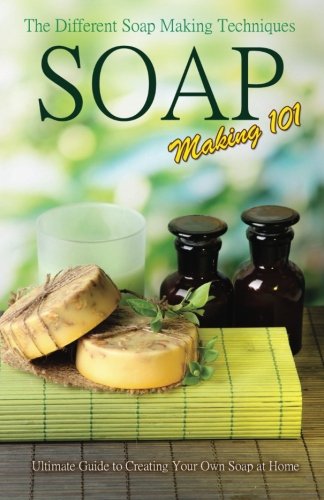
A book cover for Soap Making 101 : The Different Soap Making Techniques: Homemade Soap Recipes - Ultimate Guide to Creating Your Own Soap at Home; P. Karn; Crafts, Hobbies & Home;